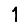
Digit: 1